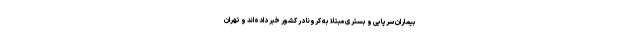
بیماران سرپایی و بستری‌ مبتلا به کرونا در کشور خبر داده‌اند و تهران